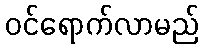
ဝင်ရောက်လာမည်